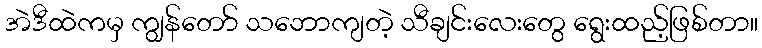
အဲဒီထဲကမှ ကျွန်တော် သဘောကျတဲ့ သီချင်းလေးတွေ ရွေးထည့်ဖြစ်တာ။